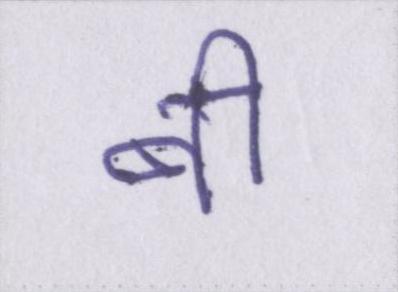
बी